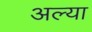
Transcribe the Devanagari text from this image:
अल्या